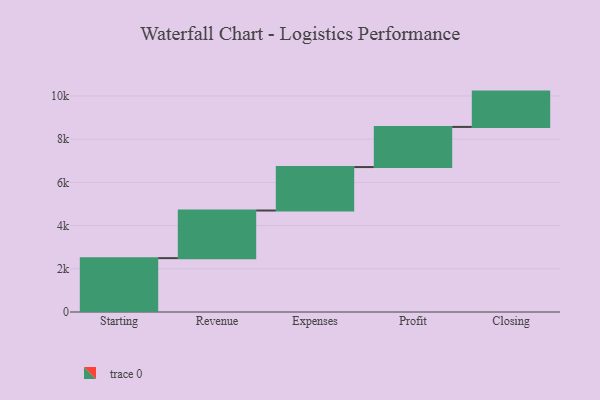
{"axis": {"x": "Step", "y": "Value"}, "legend": [""], "data": [{"x": "Starting", "y": 2493.0, "type": ""}, {"x": "Revenue", "y": 2205.0, "type": ""}, {"x": "Expenses", "y": 2011.0, "type": ""}, {"x": "Profit", "y": 1858.0, "type": ""}, {"x": "Closing", "y": 1635.0, "type": ""}]}